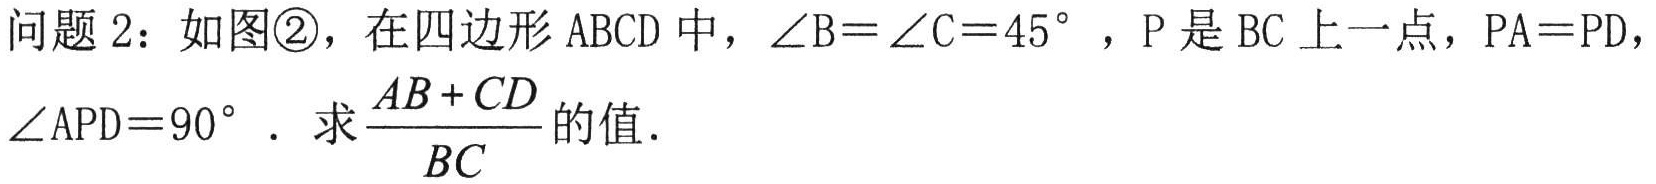
问题 2：如图\textcircled{2}，在四边形 \(ABCD\) 中，\(\angle B = \angle C = 45^{\circ}\)，\(P\) 是 \(BC\) 上一点，\(PA = PD\)，\(\angle APD = 90^{\circ}\)．求\(\frac{AB + CD}{BC}\)的值．